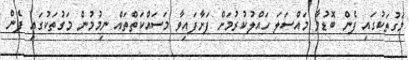
މަގުތަކުގައި ފެން ބޮޑުވާ މައްސަލަ ހައްލުކުރުމަށް ފަށާފައިވާ މަސައްކަތްތައް ނިމުމުން މަގުތަކުގައި ފެން